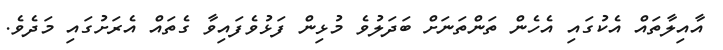
އާއިލާތައް އެކުގައި އެހެން ތަންތަނަށް ބަދަލުވެ މުޅިން ފަޅުވެފައިވާ ގެތައް އެރަށުގައި މަދެވެ.